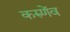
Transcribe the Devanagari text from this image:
करुणेंव